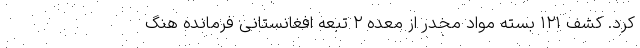
کرد. کشف ۱۲۱ بسته مواد مخدر از معده ۲ تبعه افغانستانی فرمانده هنگ